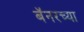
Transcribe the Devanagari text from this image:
बॅनरच्या